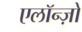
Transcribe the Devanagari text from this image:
एलॉन्ज़ो